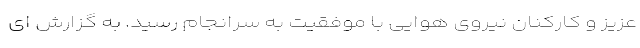
عزیز و کارکنان نیروی هوایی با موفقیت به سرانجام رسید. به گزارش ای